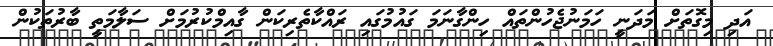
އަދި މިގޮތަށް މަދަނީ ހަމަނުޖެހުންތައް ހިންގާނަމަ ގައުމުގައި ރައްކާތެރިކަން ގާއިމްކުރުމަށް ސަލާމަތީ ބާރުތަކުން